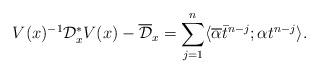
LaTeX: \begin{align*}V(x)^{-1}{\mathcal D}_x^*V(x)- \overline{\mathcal D}_x =\sum_{j=1}^n \langle\overline{\alpha}\bar{t}^{n-j};\alpha t^{n-j}\rangle. \end{align*}